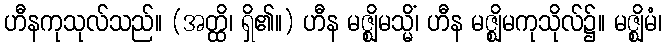
ဟီနကုသုလ်သည်။ (အတ္ထိ၊ ရှိ၏။) ဟီန မဇ္ဈိမသ္မိံ၊ ဟီန မဇ္ဈိမကုသိုလ်၌။ မဇ္ဈိမံ၊